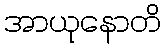
အာယုနောတိ